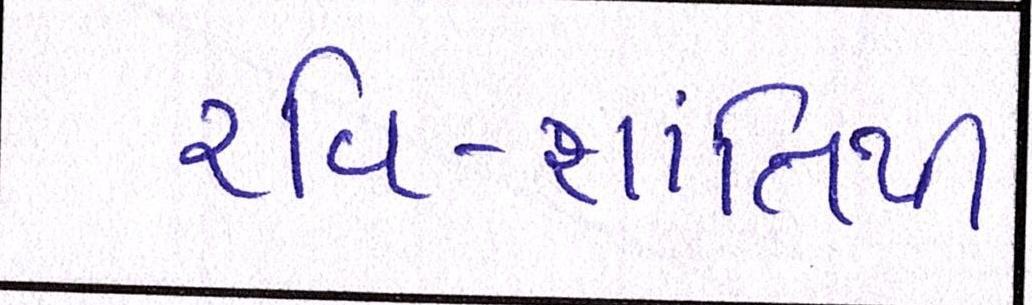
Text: રવિ-શાંતિથી